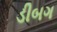
ડીબગ